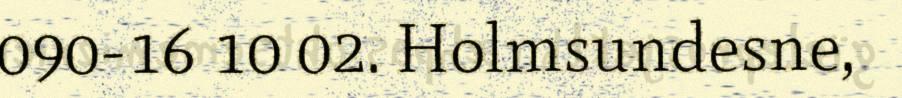
090-16 10 02. Holmsundesne,